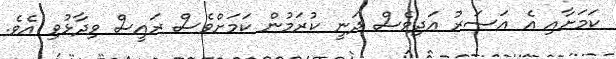
ކަމަށާއި އެ އަސަރު އަދިވެސް ދަނީ ކުރަމުން ކަމަށްވެސް ރައީސް ވިދާޅުވި އެވެ.